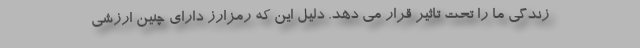
زندگی ما را تحت تاثیر قرار می دهد. دلیل این که رمزارز دارای چنین ارزشی